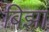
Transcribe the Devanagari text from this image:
बिझा